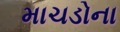
માચડોના